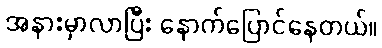
အနားမှာလာပြီး နောက်ပြောင်နေတယ်။